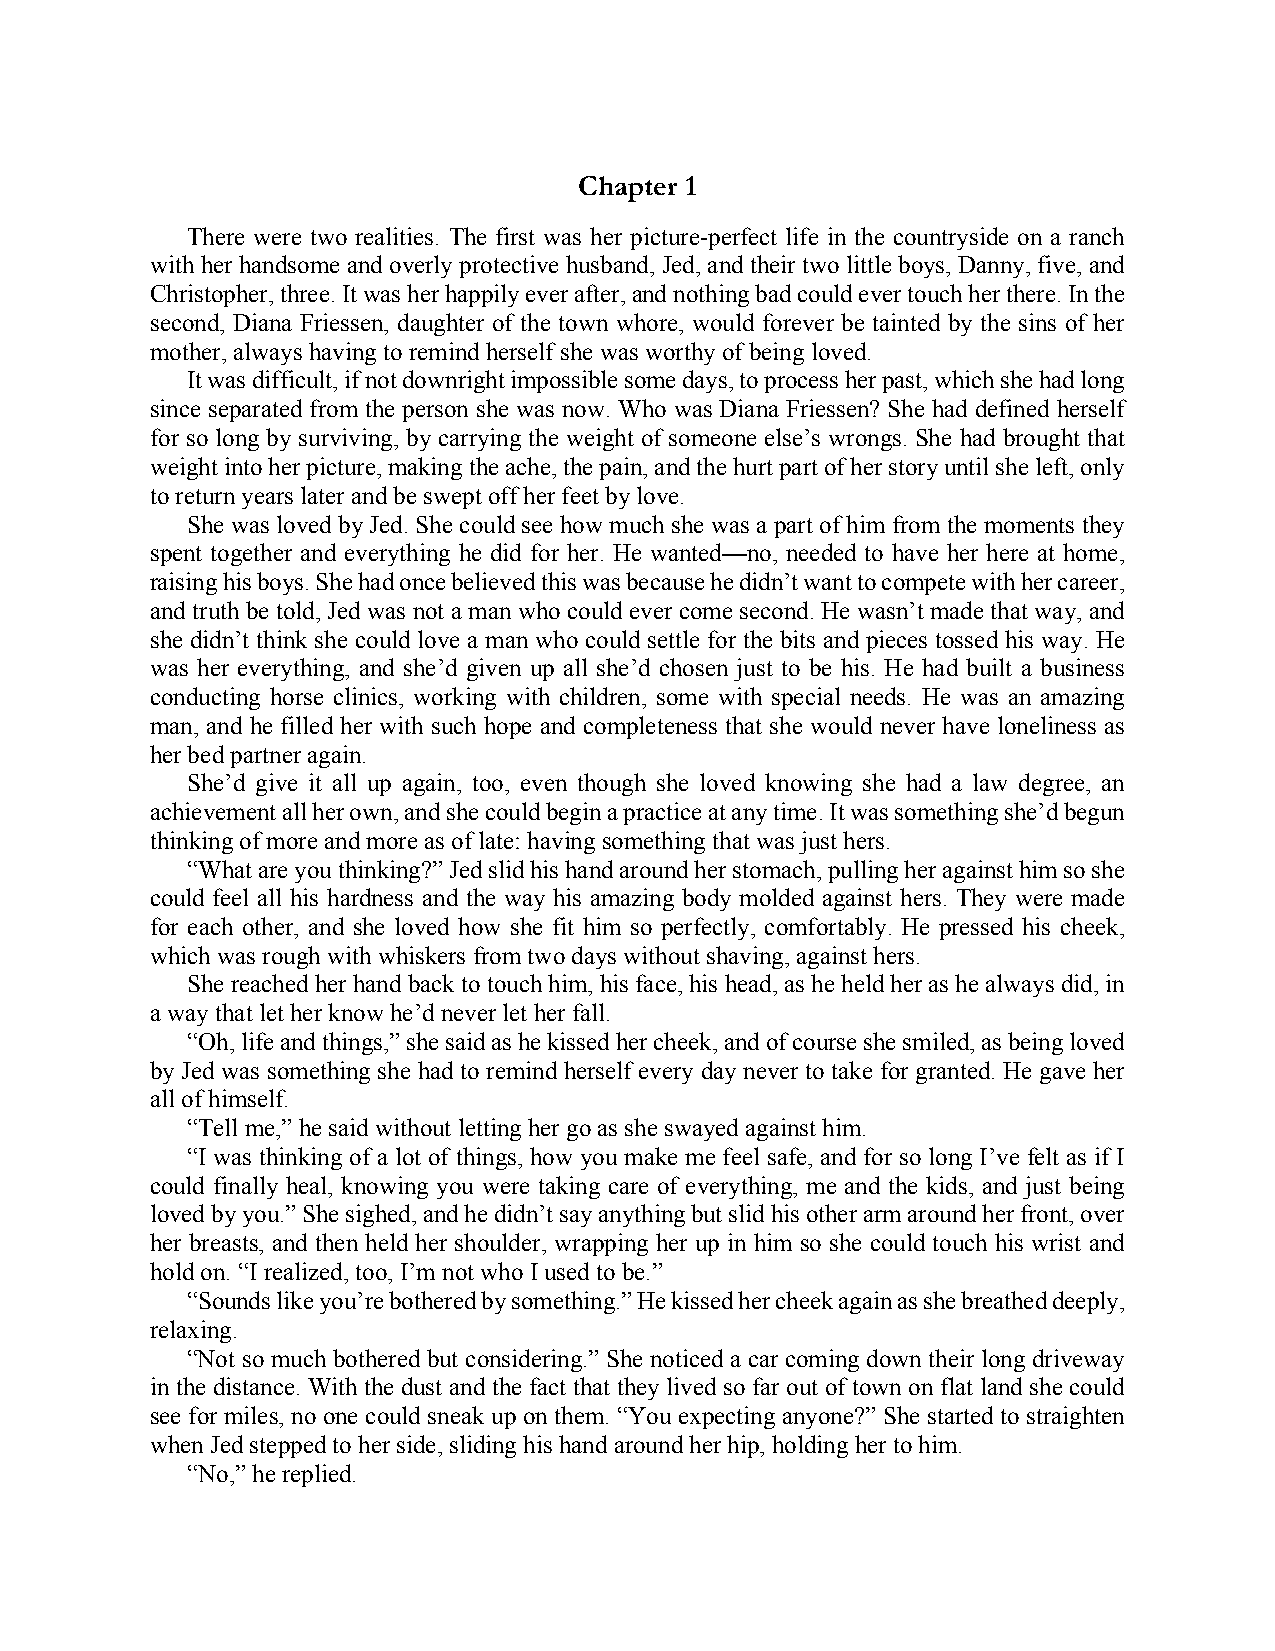
Chapter 1
 There were two realities. The first was her picture-perfect life in the countryside on a ranch
 with her handsome and overly protective husband, Jed, and their two little boys, Danny, five, and
 Christopher, three. It was her happily ever after, and nothing bad could ever touch her there. In the
 second, Diana Friessen, daughter of the town whore, would forever be tainted by the sins of her
 mother, always having to remind herself she was worthy of being loved.
 It was difficult, if not downright impossible some days, to process her past, which she had long
 since separated from the person she was now. Who was Diana Friessen? She had defined herself
 for so long by surviving, by carrying the weight of someone else’s wrongs. She had brought that
 weight into her picture, making the ache, the pain, and the hurt part of her story until she left, only
 to return years later and be swept off her feet by love.
 She was loved by Jed. She could see how much she was a part of him from the moments they
 spent together and everything he did for her. He wanted—no, needed to have her here at home,
 raising his boys. She had once believed this was because he didn’t want to compete with her career,
 and truth be told, Jed was not a man who could ever come second. He wasn’t made that way, and
 she didn’t think she could love a man who could settle for the bits and pieces tossed his way. He
 was her everything, and she’d given up all she’d chosen just to be his. He had built a business
 conducting horse clinics, working with children, some with special needs. He was an amazing
 man, and he filled her with such hope and completeness that she would never have loneliness as
 her bed partner again.
 She’d give it all up again, too, even though she loved knowing she had a law degree, an
 achievement all her own, and she could begin a practice at any time. It was something she’d begun
 thinking of more and more as of late: having something that was just hers.
 “What are you thinking?” Jed slid his hand around her stomach, pulling her against him so she
 could feel all his hardness and the way his amazing body molded against hers. They were made
 for each other, and she loved how she fit him so perfectly, comfortably. He pressed his cheek,
 which was rough with whiskers from two days without shaving, against hers.
 She reached her hand back to touch him, his face, his head, as he held her as he always did, in
 a way that let her know he’d never let her fall.
 “Oh, life and things,” she said as he kissed her cheek, and of course she smiled, as being loved
 by Jed was something she had to remind herself every day never to take for granted. He gave her
 all of himself.
 “Tell me,” he said without letting her go as she swayed against him.
 “I was thinking of a lot of things, how you make me feel safe, and for so long I’ve felt as if I
 could finally heal, knowing you were taking care of everything, me and the kids, and just being
 loved by you.” She sighed, and he didn’t say anything but slid his other arm around her front, over
 her breasts, and then held her shoulder, wrapping her up in him so she could touch his wrist and
 hold on. “I realized, too, I’m not who I used to be.”
 “Sounds like you’re bothered by something.” He kissed her cheek again as she breathed deeply,
 relaxing.
 “Not so much bothered but considering.” She noticed a car coming down their long driveway
 in the distance. With the dust and the fact that they lived so far out of town on flat land she could
 see for miles, no one could sneak up on them. “You expecting anyone?” She started to straighten
 when Jed stepped to her side, sliding his hand around her hip, holding her to him.
 “No,” he replied.